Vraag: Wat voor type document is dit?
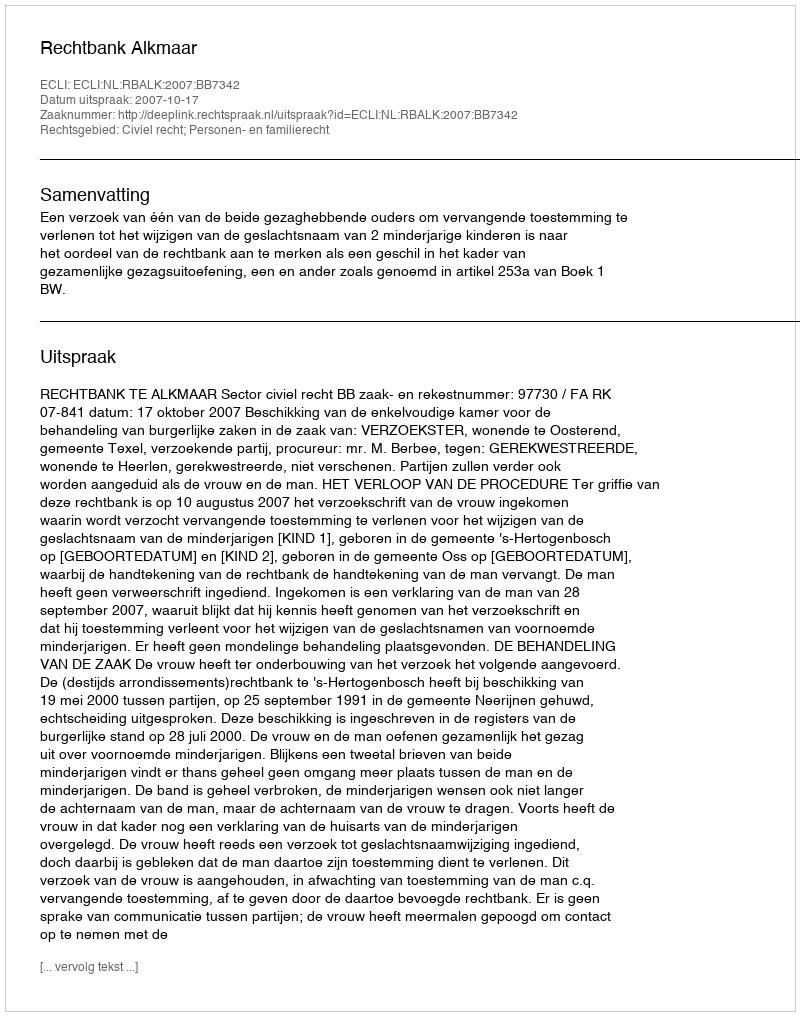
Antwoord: Uitspraak